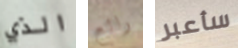
الذي رائع سأعبر